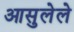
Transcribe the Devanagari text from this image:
आसुलेले